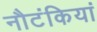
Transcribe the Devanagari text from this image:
नौटंकियां